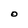
Character: O